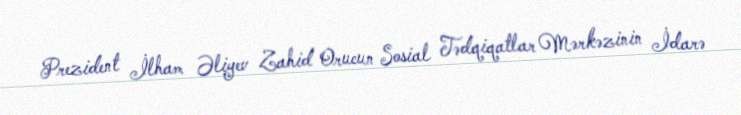
Prezident İlham Əliyev Zahid Orucun Sosial Tədqiqatlar Mərkəzinin İdarə